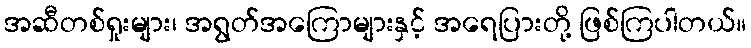
အဆီတစ်ရှုးများ၊ အရွတ်အကြောများနှင့် အရေပြားတို့ ဖြစ်ကြပါတယ်။